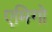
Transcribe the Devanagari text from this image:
एमिगो